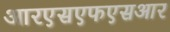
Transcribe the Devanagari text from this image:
आरएसएफएसआर